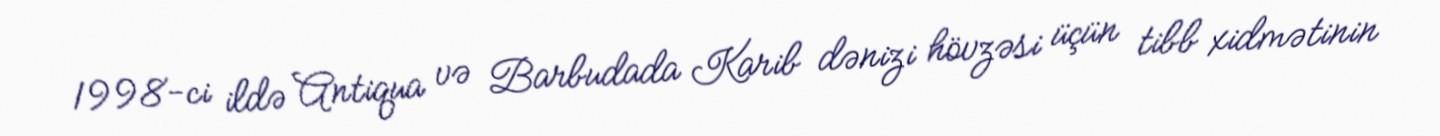
1998-ci ildə Antiqua və Barbudada Karib dənizi hövzəsi üçün tibb xidmətinin